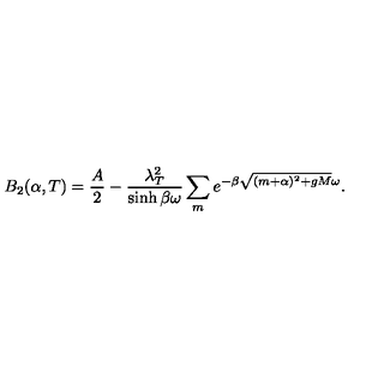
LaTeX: B _ { 2 } ( \alpha , T ) = \frac { A } { 2 } - \frac { \lambda _ { T } ^ { 2 } } { \sinh \beta \omega } \sum _ { m } e ^ { - \beta \sqrt { ( m + \alpha ) ^ { 2 } + g M } \omega } .